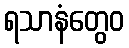
ရသာနံတွေဝ